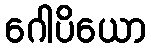
ဂေါပိယော